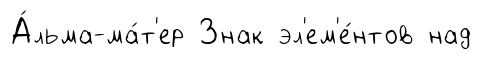
А́льма-ма́т'ер Знак эл'ем'е́нтов над